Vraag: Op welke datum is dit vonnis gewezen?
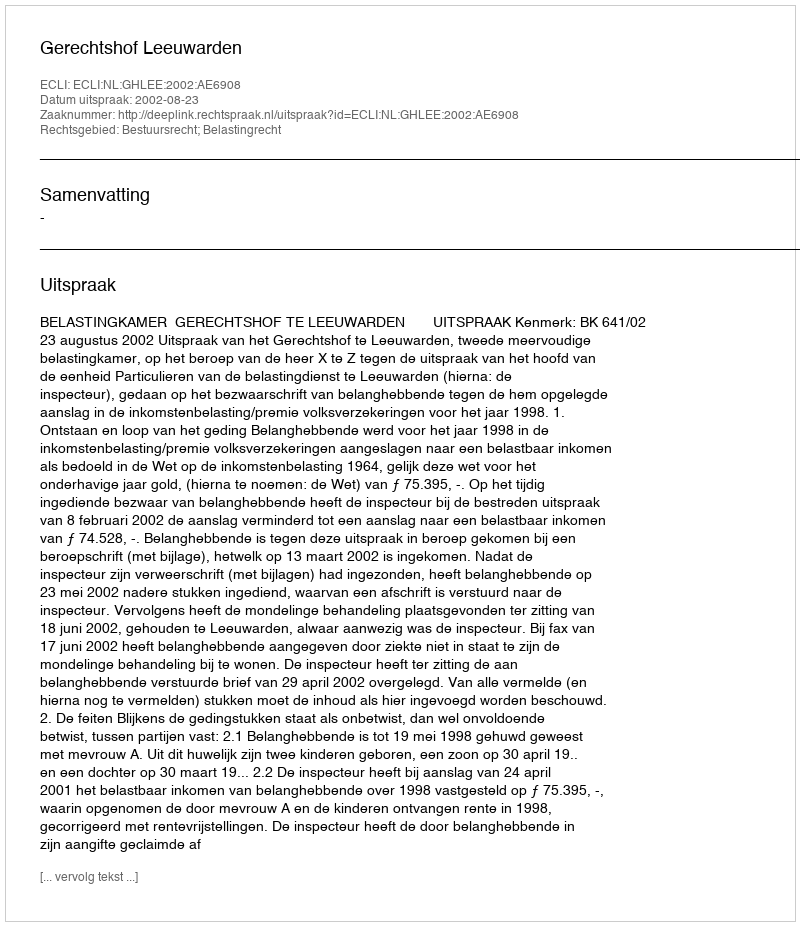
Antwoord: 2002-08-23